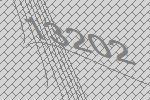
13202